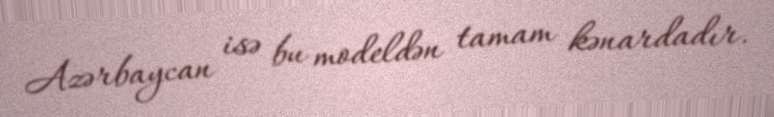
Azərbaycan isə bu modeldən tamam kənardadır.